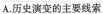
A.历史演变的主要线索